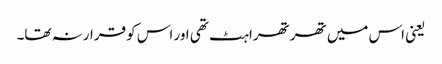
یعنی اس میں تھرتھراہٹ تھی اور اس کو قرارنہ تھا۔